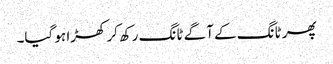
پھر ٹانگ کے آگے ٹانگ رکھ کر کھڑا ہو گیا۔